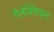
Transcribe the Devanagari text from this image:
गैलेक्सियन